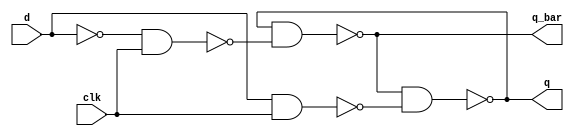
module d_latch_gates(d,clk,q,q_bar);
input d,clk;
output q, q_bar;

wire n1,n2,n3;

not (n1,d);

nand (n2,d,clk);
nand (n3,n1,clk);

nand (q,q_bar,n2);
nand (q_bar,q,n3);

endmodule